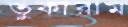
তুকারাম